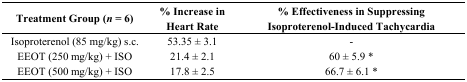
<table><thead><tr><td><b>Treatment Group (<i>n</i> = 6)</b></td><td><b>% Increase in Heart Rate</b></td><td><b>% Effectiveness in Suppressing Isoproterenol-Induced Tachycardia</b></td></tr></thead><tbody><tr><td>Isoproterenol (85 mg/kg) s.c.</td><td>53.35 ± 3.1</td><td>-</td></tr><tr><td>EEOT (250 mg/kg) + ISO</td><td>21.4 ± 2.1</td><td>60 ± 5.9 *</td></tr><tr><td>EEOT (500 mg/kg) + ISO</td><td>17.8 ± 2.5</td><td>66.7 ± 6.1 *</td></tr></tbody></table>